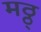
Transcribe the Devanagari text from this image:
मठ्ठ्